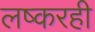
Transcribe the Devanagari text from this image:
लष्करही